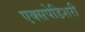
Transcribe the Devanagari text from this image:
एक्सपेडिशरी